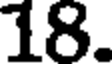
18.